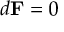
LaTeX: d \mathbf { F } = 0